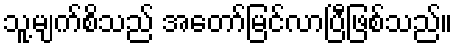
သူ့မျက်စိသည် အတော်မြင်လာပြီဖြစ်သည်။